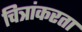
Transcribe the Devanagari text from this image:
चित्रांकरता